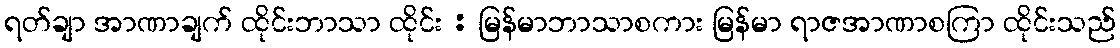
ရတ်ချာ အာဏာချက် ထိုင်းဘာသာ ထိုင်း : မြန်မာဘာသာစကား မြန်မာ ရာဇအာဏာစကြာ ထိုင်းသည်